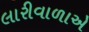
લારીવાળાએ